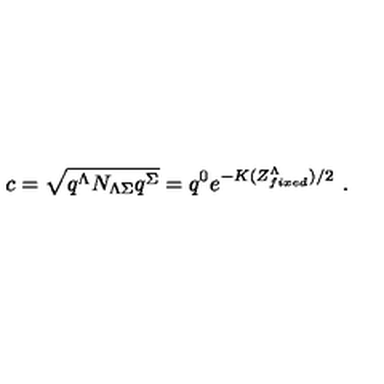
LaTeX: c = { \sqrt { q ^ { \Lambda } N _ { \Lambda \Sigma } q ^ { \Sigma } } } = q ^ { 0 } e ^ { - K ( Z _ { f i x e d } ^ { \Lambda } ) / 2 } \ .